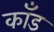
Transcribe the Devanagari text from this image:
कॉंड